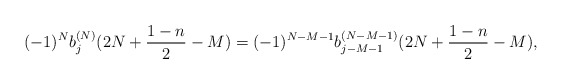
\begin{align*} (-1)^{N}b_j^{(N)}(2N+\frac{1-n}{2}-M)=(-1)^{N-M-1}b^{(N-M-1)}_{j-M-1}(2N+\frac{1-n}{2}-M), \end{align*}